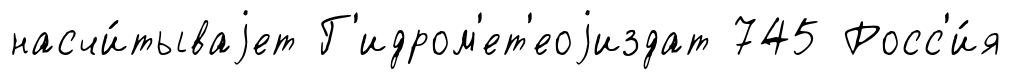
насчи́тываjет Г'идром'ет'еоjиздат 745 Росс'и́я